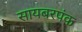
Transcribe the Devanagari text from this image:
सायबरपंक